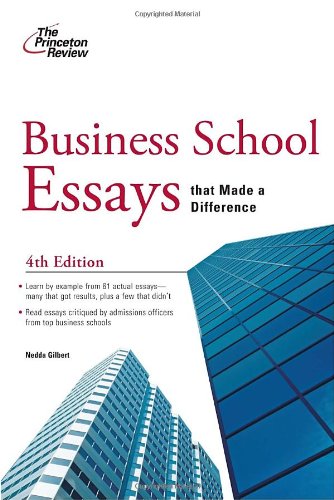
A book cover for Business School Essays that Made a Difference, 4th Edition (Graduate School Admissions Guides); Princeton Review; Education & Teaching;